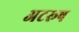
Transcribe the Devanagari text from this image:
अटरूष